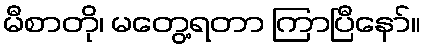
မီစာတို၊ မတွေ့ရတာ ကြာပြီနော်။